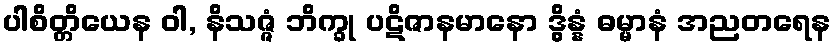
ပါစိတ္တိယေန ဝါ, နိသဇ္ဇံ ဘိက္ခု ပဋိဇာနမာနော ဒွိန္နံ ဓမ္မာနံ အညတရေန